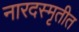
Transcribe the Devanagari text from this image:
नारदस्मृतीत